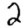
Digit: 2